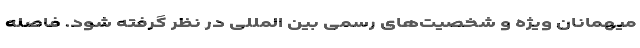
میهمانان ویژه و شخصیت‌هاى رسمى بین المللى در نظر گرفته شود. فاصله